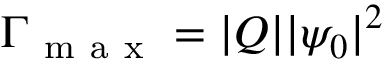
\Gamma _ { \mathrm { ~ m ~ a ~ x ~ } } = | Q | | \psi _ { 0 } | ^ { 2 }